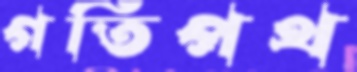
গতিপথ